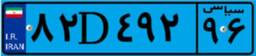
۲۸D۵۶۵۰۳